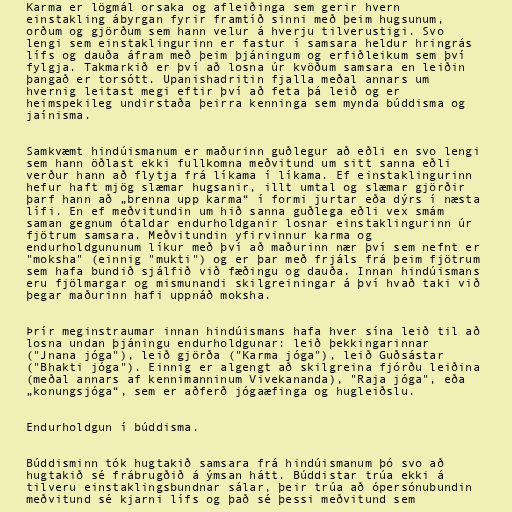
Karma er lögmál orsaka og afleiðinga sem gerir hvern
einstakling ábyrgan fyrir framtíð sinni með þeim hugsunum,
orðum og gjörðum sem hann velur á hverju tilverustigi. Svo
lengi sem einstaklingurinn er fastur í samsara heldur hringrás
lífs og dauða áfram með þeim þjáningum og erfiðleikum sem því
fylgja. Takmarkið er því að losna úr kvöðum samsara en leiðin
þangað er torsótt. Upanishadritin fjalla meðal annars um
hvernig leitast megi eftir því að feta þá leið og er
heimspekileg undirstaða þeirra kenninga sem mynda búddisma og
jaínisma.

Samkvæmt hindúismanum er maðurinn guðlegur að eðli en svo lengi
sem hann öðlast ekki fullkomna meðvitund um sitt sanna eðli
verður hann að flytja frá líkama í líkama. Ef einstaklingurinn
hefur haft mjög slæmar hugsanir, illt umtal og slæmar gjörðir
þarf hann að „brenna upp karma“ í formi jurtar eða dýrs í næsta
lífi. En ef meðvitundin um hið sanna guðlega eðli vex smám
saman gegnum ótaldar endurholdganir losnar einstaklingurinn úr
fjötrum samsara. Meðvitundin yfirvinnur karma og
endurholdgununum líkur með því að maðurinn nær því sem nefnt er
"moksha" (einnig "mukti") og er þar með frjáls frá þeim fjötrum
sem hafa bundið sjálfið við fæðingu og dauða. Innan hindúismans
eru fjölmargar og mismunandi skilgreiningar á því hvað taki við
þegar maðurinn hafi uppnáð moksha.

Þrír meginstraumar innan hindúismans hafa hver sína leið til að
losna undan þjáningu endurholdgunar: leið þekkingarinnar
("Jnana jóga"), leið gjörða ("Karma jóga"), leið Guðsástar
("Bhakti jóga"). Einnig er algengt að skilgreina fjórðu leiðina
(meðal annars af kennimanninum Vivekananda), "Raja jóga", eða
„konungsjóga“, sem er aðferð jógaæfinga og hugleiðslu.

Endurholdgun í búddisma.

Búddisminn tók hugtakið samsara frá hindúismanum þó svo að
hugtakið sé frábrugðið á ýmsan hátt. Búddistar trúa ekki á
tilveru einstaklingsbundnar sálar, þeir trúa að ópersónubundin
meðvitund sé kjarni lífs og það sé þessi meðvitund sem